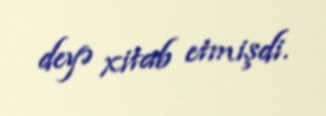
deyə xitab etmişdi.